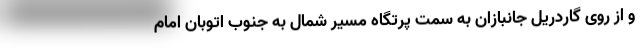
و از روی گاردریل جانبازان به سمت پرتگاه مسیر شمال به جنوب اتوبان امام